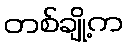
တစ်ချို့က